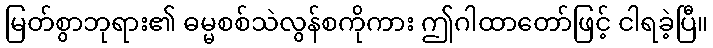
မြတ်စွာဘုရား၏ ဓမ္မစစ်သဲလွန်စကိုကား ဤဂါထာတော်ဖြင့် ငါရခဲ့ပြီ။